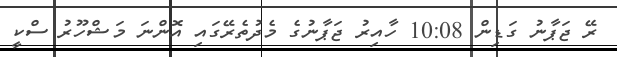
ރޭ ޖަޕާނު ގަޑިން 10:08 ހާއިރު ޖަޕާނުގެ މެދުތެރޭގައި އޮންނަ މަޝްހޫރު ސްކީ